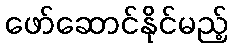
ဖော်ဆောင်နိုင်မည့်